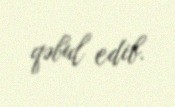
qəbul edib.